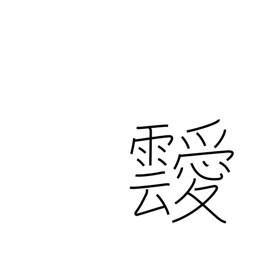
Meaning: clouds